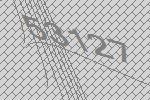
53127